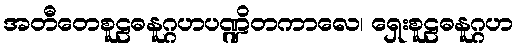
အတီတေစူဠဓနူဂ္ဂဟပဏ္ဍိတကာလေ၊ ရှေးစူဠဓနူဂ္ဂဟ